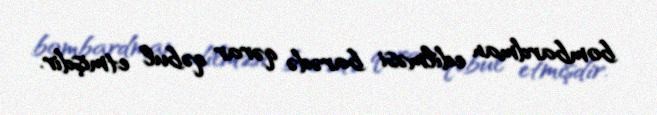
bombardman edilməsi barədə qərar qəbul etmişdir.